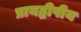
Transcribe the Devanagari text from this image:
प्रायद्धीपीय